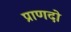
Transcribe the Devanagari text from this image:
प्राणदो